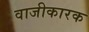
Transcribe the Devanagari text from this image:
वाजीकारक